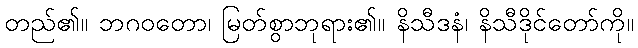
တည်၏။ ဘဂဝတော၊ မြတ်စွာဘုရား၏။ နိသီဒနံ၊ နိသီဒိုင်တော်ကို။